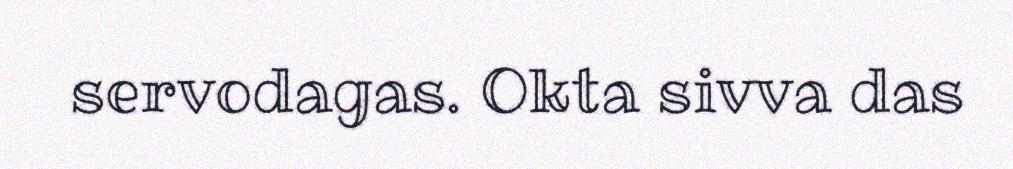
servodagas. Okta sivva das